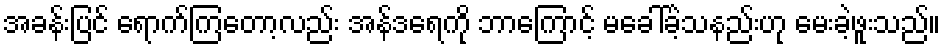
အခန်းပြင် ရောက်ကြတော့လည်း အန်ဒရေကို ဘာကြောင့် မခေါ်ခဲ့သနည်းဟု မေးခဲ့ဖူးသည်။